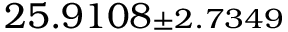
2 5 . 9 1 0 8 { \scriptstyle \pm 2 . 7 3 4 9 }